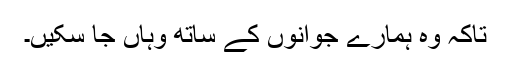
تاکہ وہ ہمارے جوانوں کے ساتھ وہاں جا سکیں۔